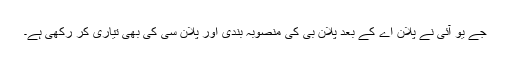
جے یو آئی نے پلان اے کے بعد پلان بی کی منصوبہ بندی اور پلان سی کی بھی تیاری کر رکھی ہے۔